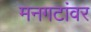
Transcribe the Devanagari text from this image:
मनगटांवर